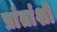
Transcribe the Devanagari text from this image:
प्रांतांशी